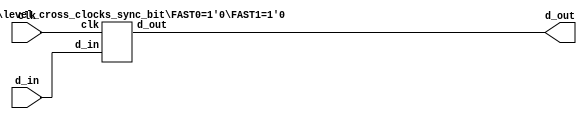
/*!
 * <b>Module:</b>level_cross_clocks
 * @file level_cross_clocks.v
 * @date 2015-07-19  
 * @author Aandrey Filippov     
 *
 * @brief re-sample signal to a different clock to reduce metastability
 *
 * @copyright Copyright (c) 2015 Elphel, Inc .
 *
 * <b>License:</b>
 *
 * level_cross_clocks.v is free software; you can redistribute it and/or modify
 * it under the terms of the GNU General Public License as published by
 * the Free Software Foundation, either version 3 of the License, or
 * (at your option) any later version.
 *
 *  level_cross_clocks.v is distributed in the hope that it will be useful,
 * but WITHOUT ANY WARRANTY; without even the implied warranty of
 * MERCHANTABILITY or FITNESS FOR A PARTICULAR PURPOSE.  See the
 * GNU General Public License for more details.
 *
 * You should have received a copy of the GNU General Public License
 * along with this program.  If not, see <http://www.gnu.org/licenses/> .
 *
 * Additional permission under GNU GPL version 3 section 7:
 * If you modify this Program, or any covered work, by linking or combining it
 * with independent modules provided by the FPGA vendor only (this permission
 * does not extend to any 3-rd party modules, "soft cores" or macros) under
 * different license terms solely for the purpose of generating binary "bitstream"
 * files and/or simulating the code, the copyright holders of this Program give
 * you the right to distribute the covered work without those independent modules
 * as long as the source code for them is available from the FPGA vendor free of
 * charge, and there is no dependence on any encrypted modules for simulating of
 * the combined code. This permission applies to you if the distributed code
 * contains all the components and scripts required to completely simulate it
 * with at least one of the Free Software programs.
 */
`timescale 1ns/1ps

module  level_cross_clocks#(
    parameter WIDTH = 1,
    parameter REGISTER = 2, // number of registers (>=12)
    parameter FAST0 = 1'b0,
    parameter FAST1 = 1'b0
)(
    input              clk,
    input  [WIDTH-1:0] d_in,
    output [WIDTH-1:0] d_out
);
    generate
        genvar i;
        for (i = 0; i < WIDTH ; i = i+1) begin: level_cross_clock_block
            if (REGISTER <= 1)
                level_cross_clocks_ff_bit  #(.FAST1(FAST1))  level_cross_clocks_single_i ( // just a single ff (if metastability is not a problem)
                    .clk   (clk),       // input
                    .d_in  (d_in[i]),   // input
                    .d_out (d_out[i])   // output
                );
            else if (REGISTER == 2)
                level_cross_clocks_sync_bit  #(.FAST0(FAST0),.FAST1(FAST1))  level_cross_clocks_sync_i ( // classic 2-register synchronizer
                    .clk   (clk),       // input
                    .d_in  (d_in[i]),   // input
                    .d_out (d_out[i])   // output
                );
            else
                level_cross_clocks_single_bit #( // >2 bits (first two only are synchronizer)
                    .REGISTER(REGISTER), .FAST0(FAST0), .FAST1(FAST1)
                ) level_cross_clocks_single_i (
                    .clk   (clk),       // input
                    .d_in  (d_in[i]),   // input
                    .d_out (d_out[i])   // output
                );
        end
    endgenerate
endmodule

module  level_cross_clocks_single_bit#(
    parameter REGISTER = 3, // number of registers (>=3)
    parameter FAST0 = 1'b0,
    parameter FAST1 = 1'b0
)(
    input   clk,
    input   d_in,
    output  d_out
);
    reg  [REGISTER - 3 : 0] regs = {REGISTER -2 {FAST1}};
    wire                    d_sync; // after a 2-bit synchronizer
    wire [REGISTER - 2 : 0] regs_next = {regs, d_sync};
    assign d_out = regs[REGISTER -3];
    always @ (posedge clk) begin
        if      (FAST0)  regs <= {REGISTER - 3{d_in}} & regs_next[REGISTER - 3 : 0];   
        else if (FAST1)  regs <= {REGISTER - 3{d_in}} | regs_next[REGISTER - 3 : 0];   
        else             regs <=                        regs_next[REGISTER - 3 : 0]; // | d_in complains about widths mismatch
    end
    level_cross_clocks_sync_bit #(.FAST0(FAST0),.FAST1(FAST1)) level_cross_clocks_sync_bit_i (
        .clk   (clk), // input
        .d_in  (d_in), // input
        .d_out (d_sync) // output
    );
endmodule

// Classic 2-bit (exactly) synchronizer
module  level_cross_clocks_sync_bit #(
    parameter FAST0 = 1'b0,
    parameter FAST1 = 1'b0
)(
    input   clk,
    input   d_in,
    output  d_out
);
`ifndef IGNORE_ATTR
    (* ASYNC_REG = "TRUE" *)
`endif
    reg  [1:0] sync_zer; 
    assign d_out = sync_zer [1];
    always @ (posedge clk) begin
        if      (FAST0) sync_zer <= {sync_zer[0] & d_in, d_in};
        else if (FAST1) sync_zer <= {sync_zer[0] | d_in, d_in};
        else            sync_zer <= {sync_zer[0],d_in};
    end
endmodule

module  level_cross_clocks_ff_bit #( // just a single FF if REGISTER == 1 (if metastability is not a problem)
    parameter FAST1 = 1'b0
) (
    input       clk,
    input      d_in,
    output     d_out
);
    reg d_out_r = FAST1;
    assign d_out = d_out_r;
    always @ (posedge clk) begin
        d_out_r <= d_in;
    end
endmodule